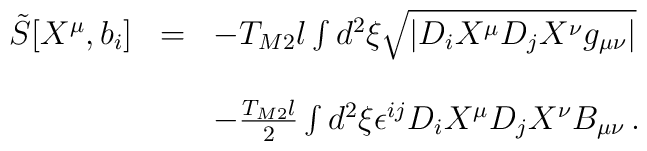
\begin{array}{rcl}{\tilde S}[X^{\mu},b_i] & =  &-T_{M2}l\int d^2\xi \sqrt{|D_{i} X^{\mu} D_{j} X^{\nu} g_{\mu\nu}|}\\& & \\& & -{\textstyle\frac{T_{M2}l}{2}}\int d^2\xi \epsilon^{ij}D_{i} X^{\mu} D_{j}X^{\nu} B_{\mu\nu}\, . \\\end{array}